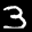
Label: 3